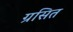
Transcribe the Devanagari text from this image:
ग्रसित